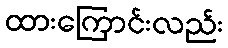
ထားကြောင်းလည်း